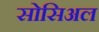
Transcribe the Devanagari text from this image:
सोसिअल